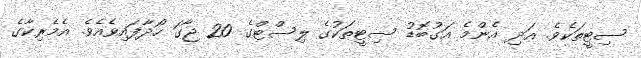
ސިޓީތަކެވެ. އަދި އެންމެ އަގުބޮޑު ސިޓީތަކުގެ ލިސްޓްގެ 20 ޖާގަ ހޯދާފައިވެއެވެ. އެމެރިކާގެ